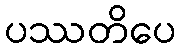
ပဿတိပေ